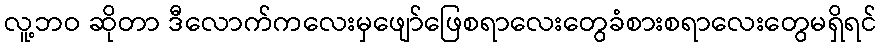
လူ့ဘဝ ဆိုတာ ဒီလောက်ကလေးမှဖျော်ဖြေစရာလေးတွေခံစားစရာလေးတွေမရှိရင်